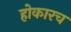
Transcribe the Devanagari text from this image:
होकारच